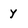
Character: y